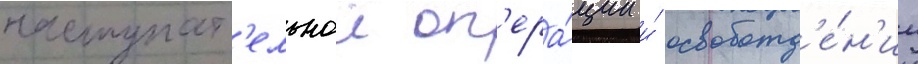
наступат'ельнои оп'ера́ции и́ освобожд'е́н'ии